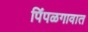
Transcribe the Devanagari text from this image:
पिंपळगावात